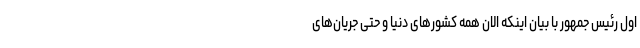
اول رئیس جمهور با بیان اینکه الان همه کشورهای دنیا و حتی جریان‌های